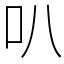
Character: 叭